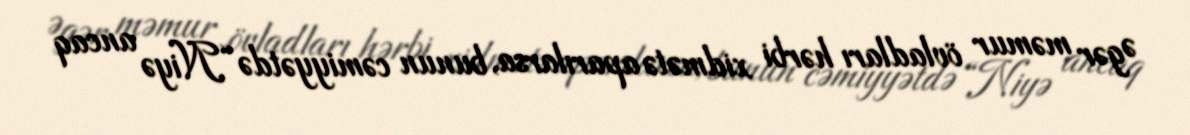
Əgər məmur övladları hərbi xidmətə aparılarsa, bunun cəmiyyətdə “Niyə ancaq